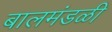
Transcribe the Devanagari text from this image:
बालमंडळी